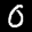
Label: 0